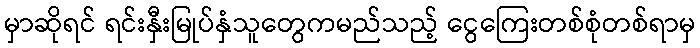
မှာဆိုရင် ရင်းနှီးမြုပ်နှံသူတွေကမည်သည့် ငွေကြေးတစ်စုံတစ်ရာမှ